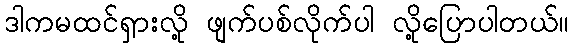
ဒါကမထင်ရှားလို့ ဖျက်ပစ်လိုက်ပါ လို့ပြောပါတယ်။